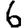
Digit: 6